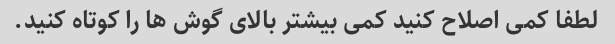
لطفا کمی اصلاح کنید کمی بیشتر بالای گوش ها را کوتاه کنید.